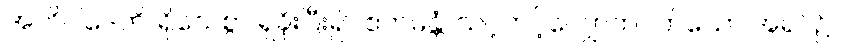
အဘိဝါဒေတိ၊ ရိုသေစွာ ရှိခိုးပြီး၍။ ဧကမန္တံ၊ သင့်တင့်လျှောက်ပတ်သော အရပ်၌။